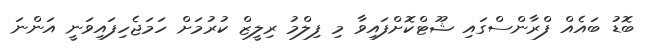
ބޮޑު ބައެއް ފްރާންސްގައި ޝޫޓްކޮށްފައިވާ މި ފިލްމު ރިލީޒް ކުރުމަށް ހަމަޖެހިފައިވަނީ އަންނަ